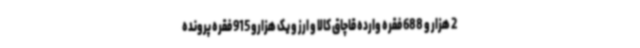
2 هزار و 688 فقره وارده قاچاق کالا و ارز و یک هزارو 915 فقره پرونده